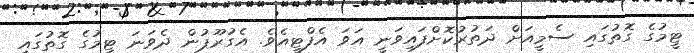
ޓީމުގެ ގޮތުގައި ސެމީއަށް ދަތުރުކޮށްފައިވަނީ އަވަ އެފްޓީއެވެ. އެގުރޫޕުން ދެވަނަ ޓީމުގެ ގޮތުގައި